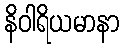
နိဝါရိယမာနာ